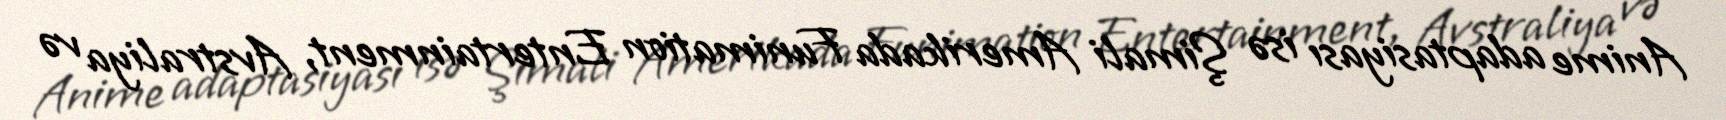
Anime adaptasiyası isə Şimali Amerikada Funimation Entertainment, Avstraliya və